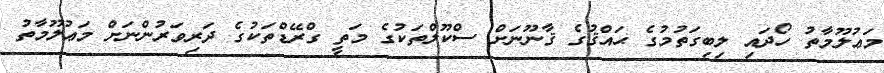
މަޢުލޫމާތު ހޯދައި ލިބިގަތުމުގެ ޙައްޤުގެ ޤާނޫނަށް ސްކޫލްތަކުގެ މަތީ ގްރޭޑްތަކުގެ ދަރިވަރުންނަށް މަޢުލޫމާތު